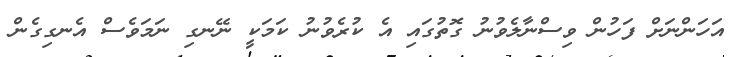
އަހަންނަށް ފަހުން ވިސްނާލެވުނު ގޮތުގައި އެ ކުރެވުނު ކަމަކީ ނޭނގި ނަމަވެސް އެނގިގެން